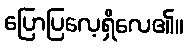
ပြောပြလေ့ရှိလေ၏။